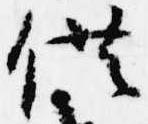
供